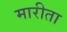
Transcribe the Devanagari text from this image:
मारीता